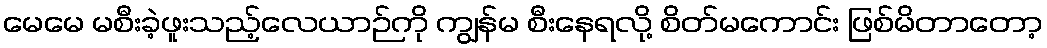
မေမေ မစီးခဲ့ဖူးသည့်လေယာဉ်ကို ကျွန်မ စီးနေရလို့ စိတ်မကောင်း ဖြစ်မိတာတော့